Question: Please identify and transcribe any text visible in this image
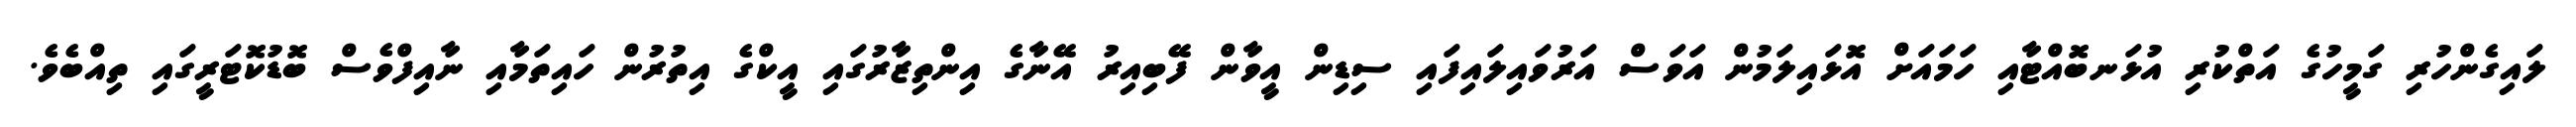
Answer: ލައިގެންހުރި ގަމީހުގެ އަތްކުރި އުޅަނބޮއްޓާއި ހަމައަށް އޮޅައިލަމުން އަވަސް އަރުވައިލައިފައި ސިޑިން އީވާން ފޭބިއިރު އޭނާގެ އިންތިޒާރުގައި އީކްގެ އިތުރުން ހައިތަމާއި ނާއިފްވެސް ބޮޑުކޮޓަރީގައި ތިއްބެވެ.